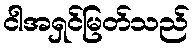
ငါအရှင်မြတ်သည်